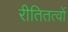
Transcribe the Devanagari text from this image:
रीतितत्वों